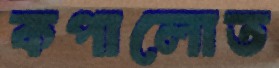
কপালোত